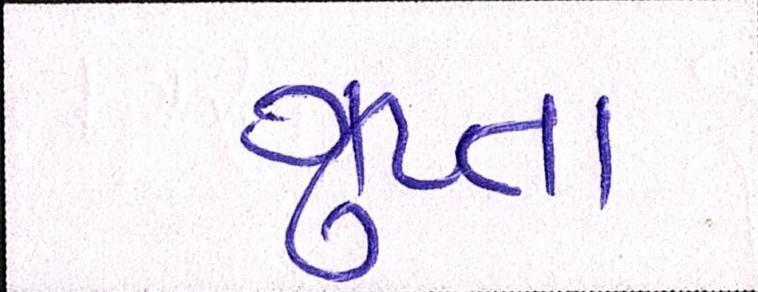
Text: ગુપ્તા